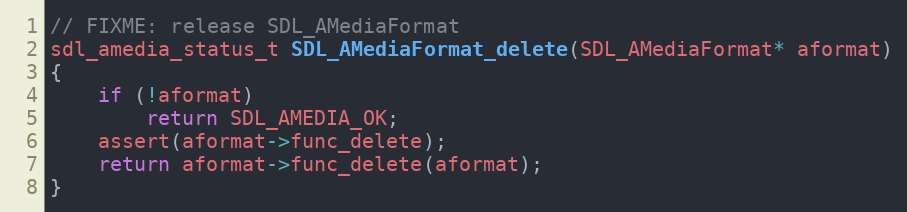
Language: C
// FIXME: release SDL_AMediaFormat
sdl_amedia_status_t SDL_AMediaFormat_delete(SDL_AMediaFormat* aformat)
{
    if (!aformat)
        return SDL_AMEDIA_OK;
    assert(aformat->func_delete);
    return aformat->func_delete(aformat);
}